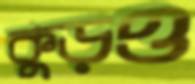
কুড়ও